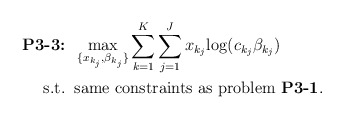
\begin{align*}\mbox{\textbf{P3-3:}} &\;\; \max_{\{x_{k_j},\beta_{k_j}\}} \sum_{k=1}^K\sum_{j=1}^J x_{k_j}{\log(c_{k_j} \beta_{k_j} )} \\\mbox{s.t.} &\;\; \mbox{same constraints as problem {\bf P3-1}}. \end{align*}